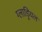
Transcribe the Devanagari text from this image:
ग्लाड्रियल